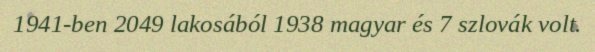
1941-ben 2049 lakosából 1938 magyar és 7 szlovák volt.